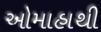
ઓમાહાથી